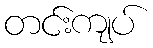
တင်းကျပ်